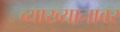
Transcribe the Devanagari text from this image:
व्याख्यानावर